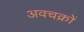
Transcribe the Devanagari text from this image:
अवचक्रों